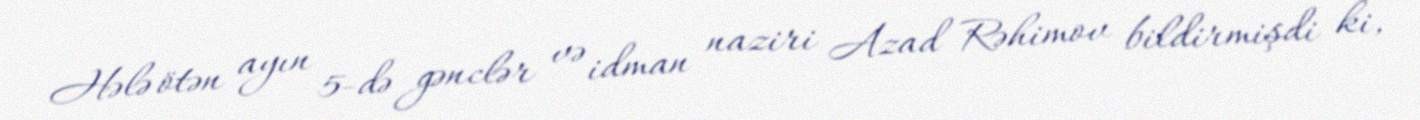
Hələ ötən ayın 5-də gənclər və idman naziri Azad Rəhimov bildirmişdi ki,